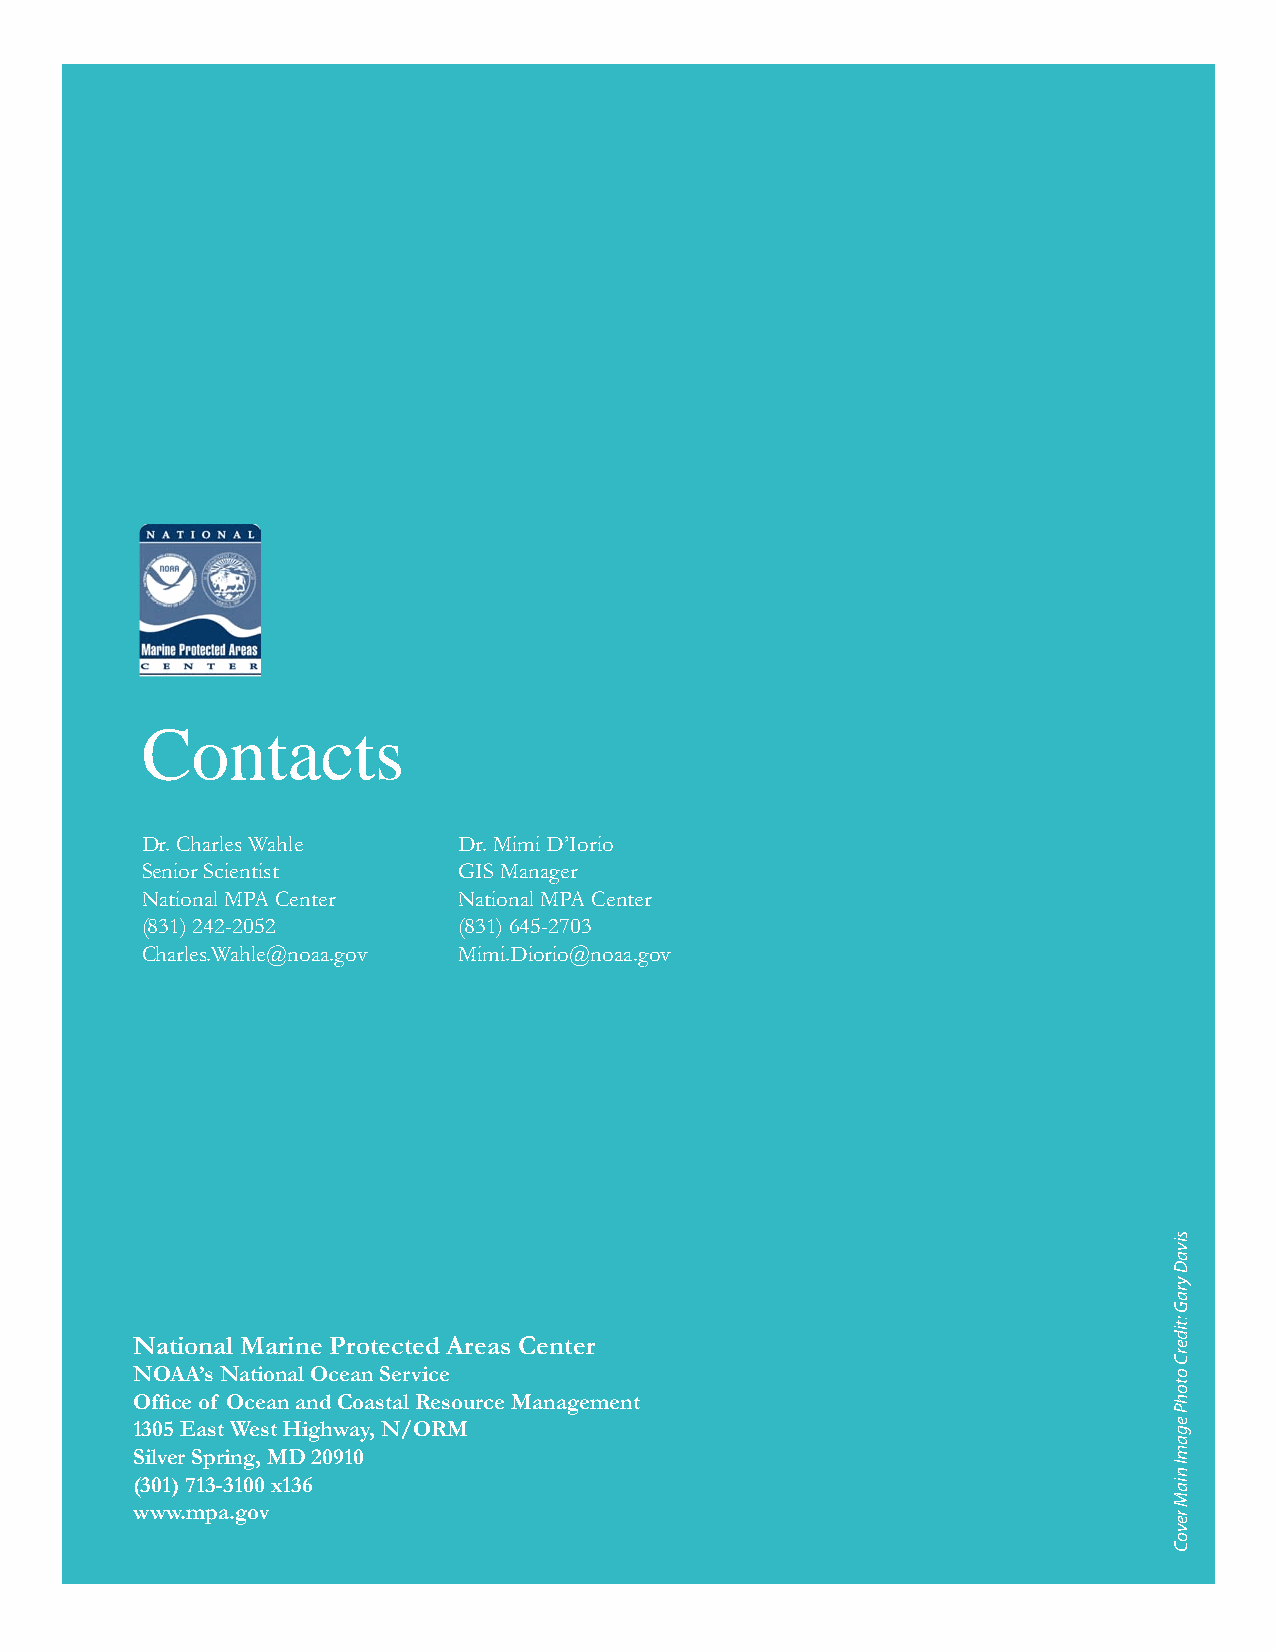
Mapping Human Uses of the Ocean
 Contacts
 Dr. Charles Wahle    Dr. Mimi D’Iorio
 Senior Scientist     GIS Manager
 National MPA Center  National MPA Center
 (831) 242-2052       (831) 645-2703
 Charles.Wahle@noaa.gov Mimi.Diorio@noaa.gov
 National Marine Protected Areas Center
 NOAA’s National Ocean Service
 Office of Ocean and Coastal Resource Management
 1305 East West highway, N/ORM
 Silver Spring, Md 20910
 (301) 713-3100 x136
 www.mpa.gov
 12
 sivaD
 yraG
 :tiderC
 otohP
 egamI
 niaM
 revoC